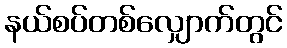
နယ်စပ်တစ်လျှောက်တွင်